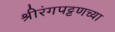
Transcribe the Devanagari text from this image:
श्रीरंगपट्टणच्या